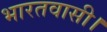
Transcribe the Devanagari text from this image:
भारतवासी।